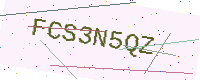
Text: FCS3N5QZ